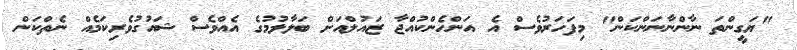
"ޔަގީންތަ ނާންނާނަންކަން" މިފަހަރުވެސް އެ އަންހެންކުއްޖާ ޒައުލްއަށް ބަލާލުމުގެ އެއްވެސް ޝައުގުވެރިކަމެއް ނެތްކަން